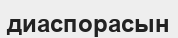
диаспорасын